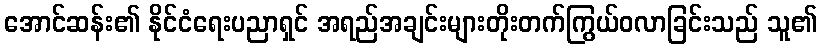
အောင်ဆန်း၏ နိုင်ငံရေးပညာရှင် အရည်အချင်းများတိုးတက်ကြွယ်ဝလာခြင်းသည် သူ၏